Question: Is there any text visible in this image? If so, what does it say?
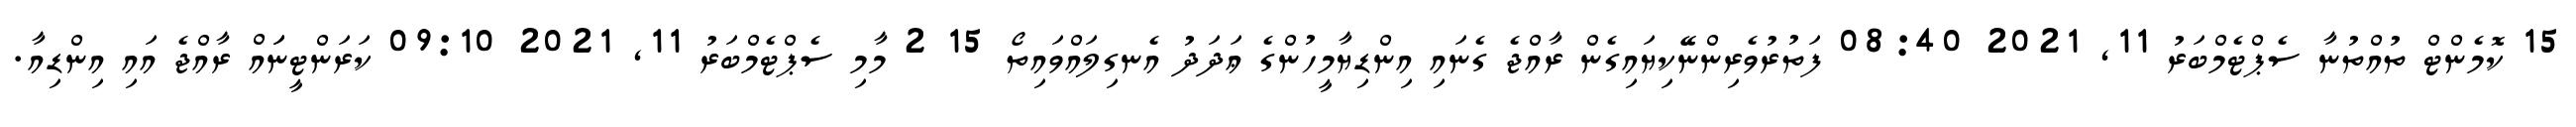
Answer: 15 ކޮމެންޓް ތުއްތުނާ ސެޕްޓެމްބަރު 11, 2021 08:40 ފަތުރުވެރިންނޭކިޔައިގެން ރާއްޖެ ގެނައި އިންޑިޔާމީހުންގެ ޢަދަދު އެނގިލައްވައިތޯ 15 2 މާމި ސެޕްޓެމްބަރު 11, 2021 09:10 ކަރަންޓީނަައް ރާއްޖެ އައި އިންޑިއާ.